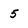
Character: 5